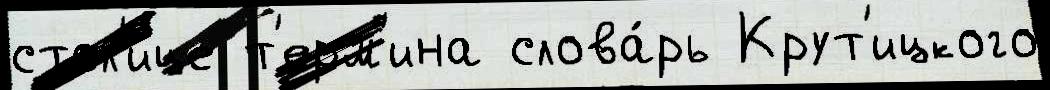
стол'и́це т'ерм'ина слова́рь Крут'ицкого